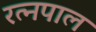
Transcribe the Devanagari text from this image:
रत्नपाल